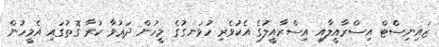
ޒައިނިސްޓް އިސްރާއީލާއި އިސްރާއީލުގެ އެކުވެރި ހުޅަނގުގެ މީހުން ދަޢުވާ ކުރާ ގޮތުގައި އެމީހުން